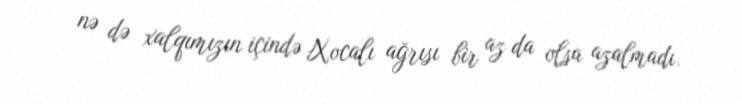
nə də xalqımızın içində Xocalı ağrısı bir az da olsa azalmadı.